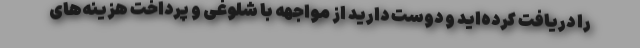
را دریافت کرده‌اید و دوست دارید از مواجهه با شلوغی و پرداخت هزینه‌های